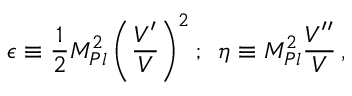
\epsilon \equiv \frac { 1 } { 2 } M _ { P l } ^ { 2 } \left( \frac { V ^ { \prime } } { V } \right) ^ { 2 } ; \, \, \, \eta \equiv M _ { P l } ^ { 2 } { \frac { V ^ { \prime \prime } } { V } } \, ,